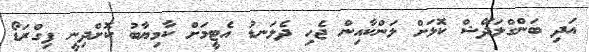
އަދި ބަންގްލަދޭޝް ކޮޅަށް ލަންކާއިން ޖެހި ދެލަނޑު އެޓީމަށް ކާމިޔާބު ކޮށްދިނީ ފިގްރަޑޯ